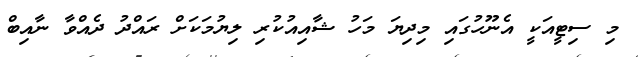
މި ސިޓީއަކީ އެނޫހުގައި މިދިޔަ މަހު ޝާއިއުކުރި ލިޔުމަކަށް ރައްދު ދެއްވާ ނާއިބް